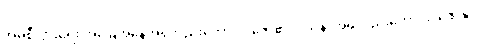
အိမ်စီးပွားရေး အခြေအနေအရလည်းကောင်း၊ ဇော်၏ ဝါသနာအရလည်းကောင်း၊ ဇော်နှင့်